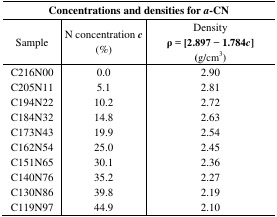
<table><thead><tr><td colspan="3"><b>Concentrations and densities for <i>a</i>-CN</b></td></tr></thead><tbody><tr><td>Sample</td><td>N concentration <i>c</i> (%)</td><td>Density <b>ρ = [2.897 − 1.784<i>c</i>]</b> (g/cm<sup>3</sup>)</td></tr><tr><td>C216N00</td><td>0.0</td><td>2.90</td></tr><tr><td>C205N11</td><td>5.1</td><td>2.81</td></tr><tr><td>C194N22</td><td>10.2</td><td>2.72</td></tr><tr><td>C184N32</td><td>14.8</td><td>2.63</td></tr><tr><td>C173N43</td><td>19.9</td><td>2.54</td></tr><tr><td>C162N54</td><td>25.0</td><td>2.45</td></tr><tr><td>C151N65</td><td>30.1</td><td>2.36</td></tr><tr><td>C140N76</td><td>35.2</td><td>2.27</td></tr><tr><td>C130N86</td><td>39.8</td><td>2.19</td></tr><tr><td>C119N97</td><td>44.9</td><td>2.10</td></tr></tbody></table>